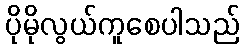
ပိုမိုလွယ်ကူစေပါသည်